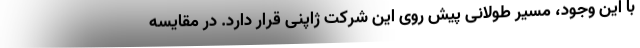
با این وجود، مسیر طولانی پیش روی این شرکت ژاپنی قرار دارد. در مقایسه